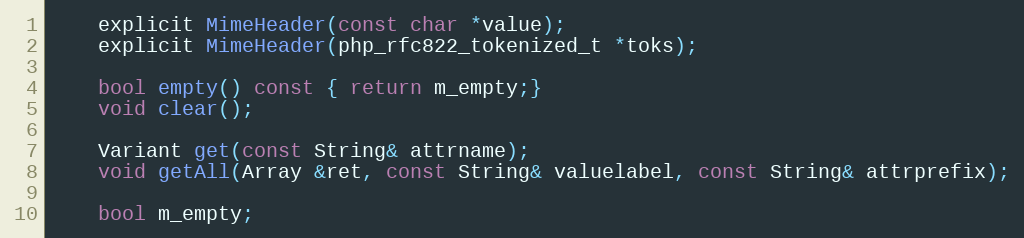
Language: C
    explicit MimeHeader(const char *value);
    explicit MimeHeader(php_rfc822_tokenized_t *toks);

    bool empty() const { return m_empty;}
    void clear();

    Variant get(const String& attrname);
    void getAll(Array &ret, const String& valuelabel, const String& attrprefix);

    bool m_empty;